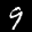
Label: 9